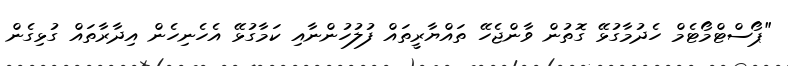
"ޕޯސްޓްމޯޓެމް ހެދުމާގުޅޭ ގޮތުން ވާންޖެހޭ ތައްޔާރީތައް ފުލުހުންނާއި ކަމާގުޅޭ އެހެނިހެން އިދާރާތައް ގުޅިގެން